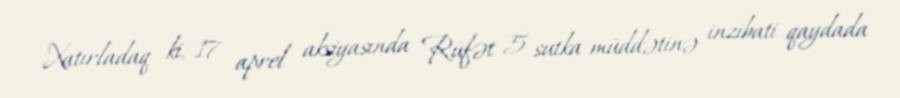
Xatırladaq ki, 17 aprel aksiyasında Rüfət 5 sutka müddətinə inzibati qaydada